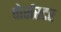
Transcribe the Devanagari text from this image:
वोर्सस्टर